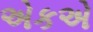
એકએ